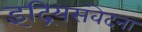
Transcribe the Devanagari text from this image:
इंद्रियसंवेदना